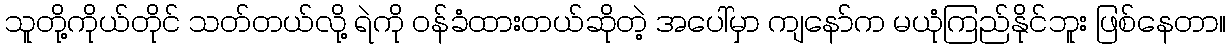
သူတို့ကိုယ်တိုင် သတ်တယ်လို့ ရဲကို ဝန်ခံထားတယ်ဆိုတဲ့ အပေါ်မှာ ကျနော်က မယုံကြည်နိုင်ဘူး ဖြစ်နေတာ။